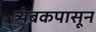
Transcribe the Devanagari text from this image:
त्र्यंबकपासून